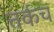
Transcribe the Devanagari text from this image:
तर्कच